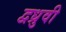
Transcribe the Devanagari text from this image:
द्वध्रुवी